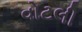
વોટલી